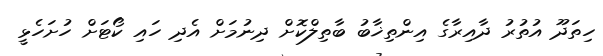
ހިތަދޫ އުތުރު ދާއިރާގެ އިންތިޚާބު ބާތިލްކޮށް ދިނުމަށް އެދި ހައި ކޯޓަށް ހުށަހެޅީ